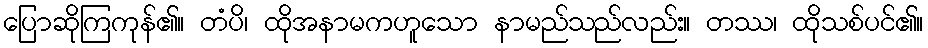
ပြောဆိုကြကုန်၏။ တံပိ၊ ထိုအနာမကဟူသော နာမည်သည်လည်း။ တဿ၊ ထိုသစ်ပင်၏။